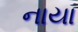
નાયા